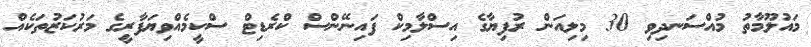
މައުލޫމާތު މުއްސަނދިވި 30 މިލިއަން ރުފިޔާގެ އިސްލާމިކް ފައިނޭންސް ކްރެޑިޓް ސްކީމެއްވިޔަފާރީގެ މަރުކަޒުތަކެއް